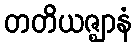
တတိယဇ္ဈာနံ